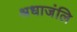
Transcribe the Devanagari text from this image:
श्रधाजंलि